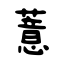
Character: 薏